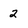
Character: 2